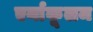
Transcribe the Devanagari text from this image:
एर्नाकूलम